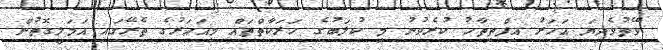
ވޭތުވެދިޔަ އަހަރު އިފްތިތާހު ކުރެވުނު މި ކުލަބުގެ ހަރަކާތްތައް މިއަހަރުގެ ތެރޭގައި އަމަލީގޮތުން